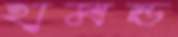
হামন্ড